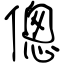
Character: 傯